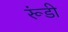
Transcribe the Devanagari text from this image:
रूंडी